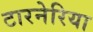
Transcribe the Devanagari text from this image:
टारनेरिया